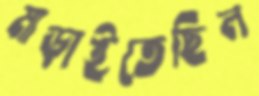
মাড়াইতেছিল